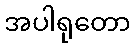
အပါရုတော